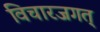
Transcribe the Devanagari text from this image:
विचारजगत्